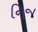
નિજ